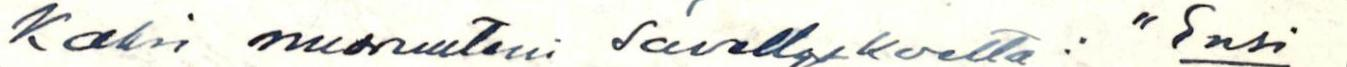
Kaksi nuoruuteni sävellyskoetta: "Ensi